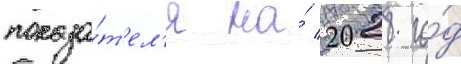
показа́т'ел'я на́ 2028 го́д